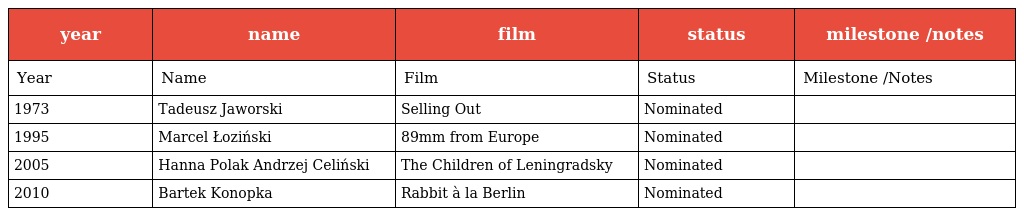
| year | name | film | status | milestone /notes |
 | --- | --- | --- | --- | --- |
 | Year | Name | Film | Status | Milestone /Notes |
 | 1973 | Tadeusz Jaworski | Selling Out | Nominated |  |
 | 1995 | Marcel Łoziński | 89mm from Europe | Nominated |  |
 | 2005 | Hanna Polak Andrzej Celiński | The Children of Leningradsky | Nominated |  |
 | 2010 | Bartek Konopka | Rabbit à la Berlin | Nominated |  |